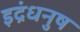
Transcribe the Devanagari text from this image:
इद्रंधनुष